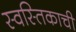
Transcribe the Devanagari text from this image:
स्वस्तिकाची